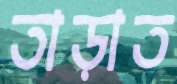
তাড়াত